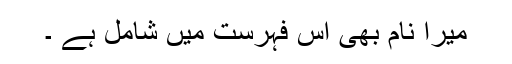
میرا نام بھی اس فہرست میں شامل ہے ۔